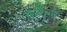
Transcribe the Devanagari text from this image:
कडेचा